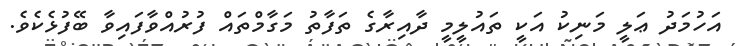
އަހުމަދު ޢަލީ މަނިކު އަކީ ތައުލީމީ ދާއިރާގެ ތަފާތު މަގާމްތައް ފުރުއްވާފައިވާ ބޭފުޅެކެވެ.